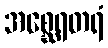
အစ္ဆေရတရံ